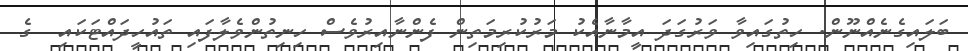
ބަލައިގެނެއްނޫން. ހިތުގައިވާ ވަރުގަދަ އީމާނާއެކު މަރުކުރިމަތިން ފެންނާއިރުވެސް ހިނިތުންވެލާފައި ތައުހީދައްޓަކައި  ގެ